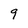
Character: 9